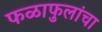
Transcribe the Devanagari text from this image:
फळाफुलांचा